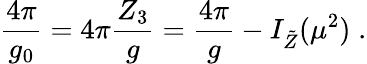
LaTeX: \frac{4\pi}{g_{0}}=4\pi\frac{Z_{3}}{g}=\frac{4\pi}{g}-I_{\tilde{Z}}(\mu^{2})\; .